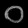
Digit: ၀